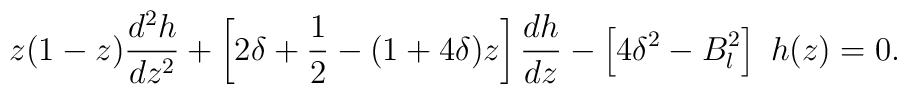
z(1-z) \frac{d^2h}{dz^2} + \left[  2\delta + {1\over 2} - (1+4\delta) z \right] \frac{dh}{dz} - \left[4\delta^2-B_l^2 \right] ~ h(z)=0.